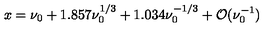
x = \nu _ { 0 } + 1 . 8 5 7 \nu _ { 0 } ^ { 1 / 3 } + 1 . 0 3 4 \nu _ { 0 } ^ { - 1 / 3 } + { \cal O } ( \nu _ { 0 } ^ { - 1 } )